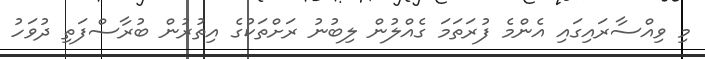
މި ވިއްސާރައިގައި އެންމެ ފުރަތަމަ ގެއްލުން ލިބުނު ރަށްތަކުގެ އިތުރުން ބުރާސްފަތި ދުވަހު